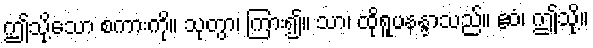
ဤသို့သော စကားကို။ သုတွာ၊ ကြား၍။ သာ၊ ထိုရူပနန္ဒာသည်။ ဧဝံ၊ ဤသို့။